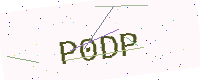
Text: P0DP